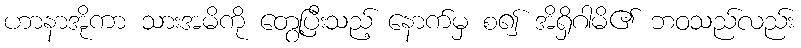
ဟာနာအိုကာ သားအမိကို တွေ့ပြီးသည့် နောက်မှ စ၍ အိရှိဂါမိ၏ ဘဝသည်လည်း